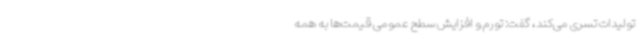
تولیدات تسری می‌کند، گفت: تورم و افزایش سطح عمومی قیمت‌ها به همه